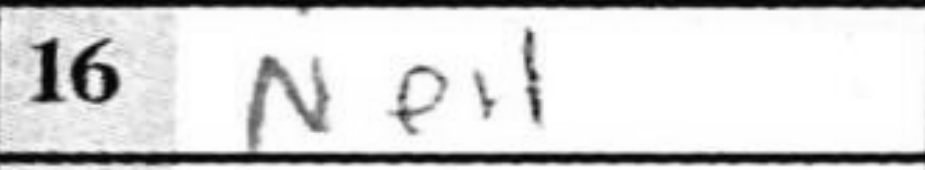
Transcription: Ne4